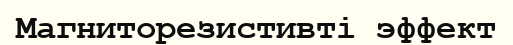
Магниторезистивті эффект